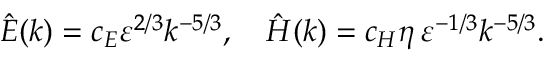
\hat { E } ( k ) = c _ { E } \varepsilon ^ { 2 / 3 } k ^ { - 5 / 3 } , \quad \hat { H } ( k ) = c _ { H } \eta \, \varepsilon ^ { - 1 / 3 } k ^ { - 5 / 3 } .